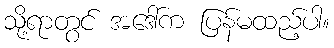
သို့ရာတွင် အဒေါ်က ပြန်မထည့်ပါ။